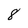
Character: 8